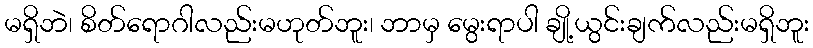
မရှိဘဲ၊ စိတ်ရောဂါလည်းမဟုတ်ဘူး၊ ဘာမှ မွေးရာပါ ချို့ယွင်းချက်လည်းမရှိဘူး